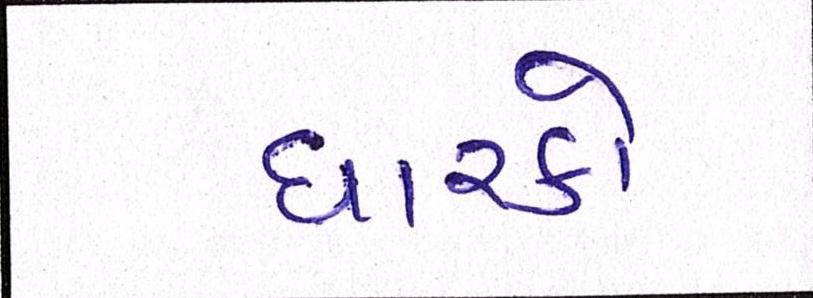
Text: ધારકો